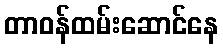
တာဝန်ထမ်းဆောင်နေ